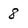
Character: 8